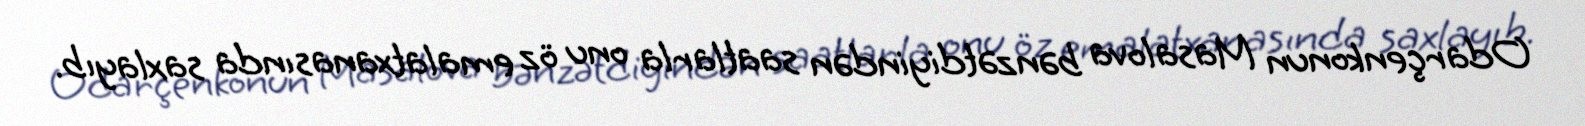
Odarçenkonun Masalova bənzətdiyindən saatlarla onu öz emalatxanasında saxlayıb.